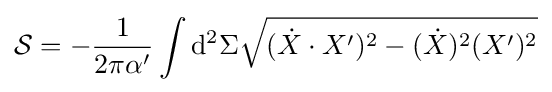
{\mathcal {S}}=-{\frac {1}{2\pi \alpha '}}\int \mathrm {d} ^{2}\Sigma {\sqrt {({\dot {X}}\cdot X')^{2}-({\dot {X}})^{2}(X')^{2}}}